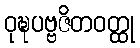
ဝုဍ္ဎပဗ္ဗဇိတဝတ္ထု